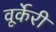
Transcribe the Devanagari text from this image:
वूर्केरी